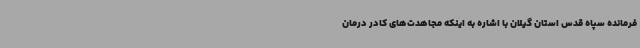
فرمانده سپاه قدس استان گیلان با اشاره به اینکه مجاهدت‌های کادر درمان